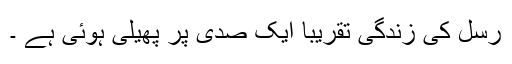
رسل کی زندگی تقریبا ایک صدی پر پھیلی ہوئی ہے ۔